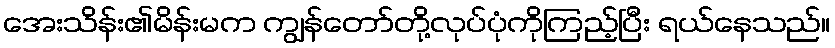
အေးသိန်း၏မိန်းမက ကျွန်တော်တို့လုပ်ပုံကိုကြည့်ပြီး ရယ်နေသည်။